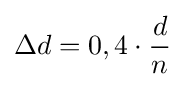
\Delta d=0,4\cdot {\frac {d}{n}}